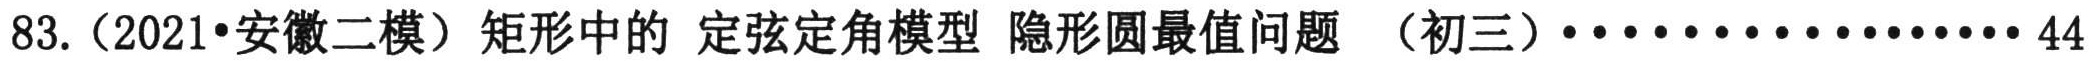
83.（2021•安徽二模）矩形中的 定弦定角模型 隐形圆最值问题 （初三）··················44